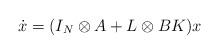
LaTeX: \begin{align*}\dot{x} = (I_N\otimes A + L \otimes BK) x\end{align*}